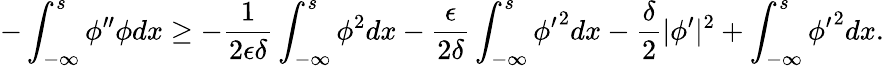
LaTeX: -\int_{-\infty}^{s}\phi^{\prime\prime}\phi dx\ge-\frac{1}{2\epsilon\delta}\int_{-\infty}^{s}\phi^{2}dx-\frac{\epsilon}{2\delta}\int_{-\infty}^{s}{\phi^{\prime}}^{2}dx-\frac{\delta}{2}|\phi^{\prime}|^{2}+\int_{-\infty}^{s}{\phi^{\prime}}^{2}dx.